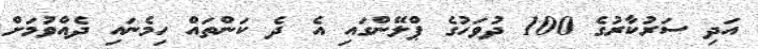
އަދި ސަރުކާރުގެ 100 ދުވަހުގެ ޕްލޭންގައި އެ ދެ ކަންތައް ހިމެނައި ދެއްވުމަށް